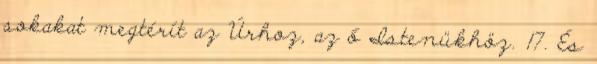
sokakat megtérít az Úrhoz, az ő Istenükhöz. 17. És